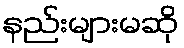
နည်းများမဆို